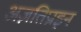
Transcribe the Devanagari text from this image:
अज़तिप्राइन